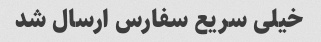
خیلی سریع سفارس ارسال شد